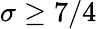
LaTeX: \sigma\ge 7/4